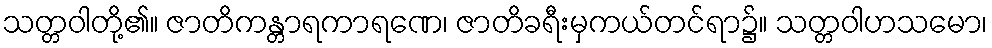
သတ္တဝါတို့၏။ ဇာတိကန္တာရကာရဏေ၊ ဇာတိခရီးမှကယ်တင်ရာ၌။ သတ္တဝါဟသမော၊